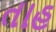
તાહ